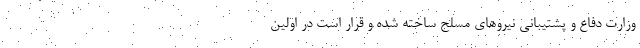
وزارت دفاع و پشتیبانی نیروهای مسلح ساخته شده و قرار است در اولین